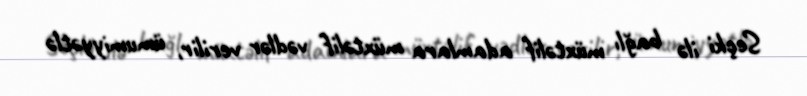
Seçki ilə bağlı müxtəlif adamlara müxtəlif vədlər verilir, ümumiyyətlə